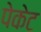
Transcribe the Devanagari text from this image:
पेकेट